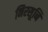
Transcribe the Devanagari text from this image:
निरसूनि